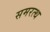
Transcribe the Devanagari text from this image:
समरत्थ